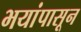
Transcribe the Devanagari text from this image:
भयांपासून